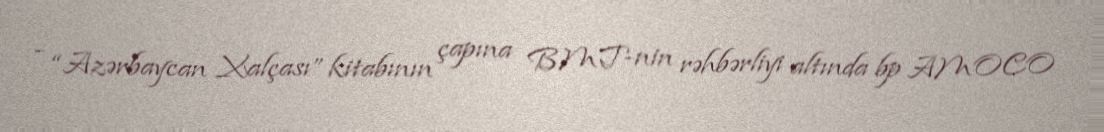
- “Azərbaycan Xalçası” kitabının çapına BMT-nin rəhbərliyi altında bp AMOCO